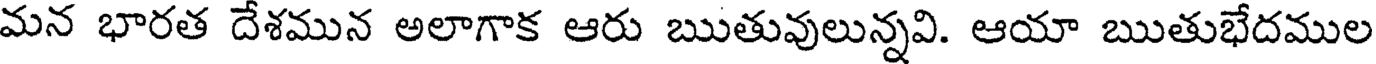
మన భారత దేశమున అలాగాక ఆరు ఋతువులున్నవి. ఆయా ఋతుభేదముల